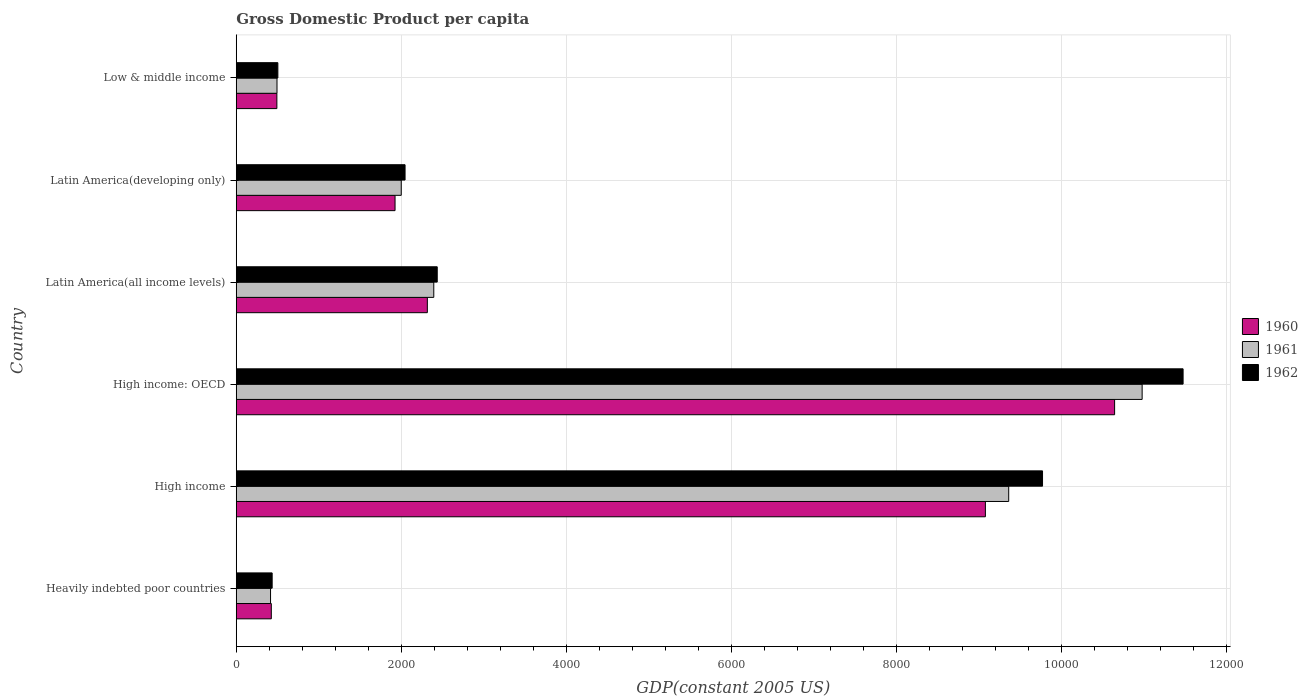
| Country | 1960 | 1961 | 1962 |
 | --- | --- | --- | --- |
 | Heavily indebted poor countries | 425 | 416 | 435 |
 | High income | 9.08e+03 | 9.36e+03 | 9.77e+03 |
 | High income: OECD | 1.06e+04 | 1.1e+04 | 1.15e+04 |
 | Latin America(all income levels) | 2.32e+03 | 2.39e+03 | 2.44e+03 |
 | Latin America(developing only) | 1.92e+03 | 2e+03 | 2.05e+03 |
 | Low & middle income | 492 | 494 | 504 |